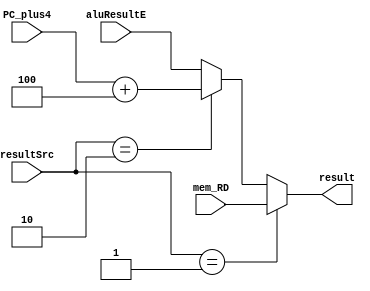
module WB_stage (
    input [1:0] resultSrc,
    input [31:0] aluResultE, mem_RD, PC_plus4,
    output reg [31:0] result
);
    always @(*) begin
        if (resultSrc == 2'b01)
            result = mem_RD;
        else if (resultSrc == 2'b10)
            result = (PC_plus4 + 32'd4);
        else 
            result = aluResultE;
    end
endmodule